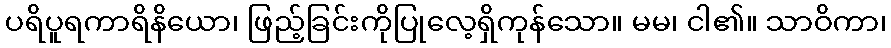
ပရိပူရကာရိနိယော၊ ဖြည့်ခြင်းကိုပြုလေ့ရှိကုန်သော။ မမ၊ ငါ၏။ သာဝိကာ၊